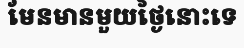
មែនមានមួយថ្ងៃនោះទេ